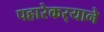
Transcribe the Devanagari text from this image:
पहारेकर्‍याने